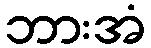
ဘားအံ